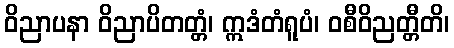
ဝိညာပနာ ဝိညာပိတတ္တံ၊ ဣဒံတံရူပံ၊ ဝစီဝိညတ္တီတိ၊